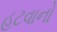
હટવાનો